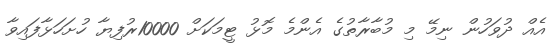
އެއް ދުވަހުން ނިމޭ މި މުބާރާތުގެ އެންމެ މޮޅު ޓީމަކަށް 10000ރުފިޔާ ހުށަހަޅާފައިވާ